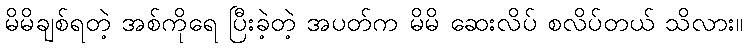
မိမိချစ်ရတဲ့ အစ်ကိုရေ ပြီးခဲ့တဲ့ အပတ်က မိမိ ဆေးလိပ် စလိပ်တယ် သိလား။